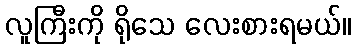
လူကြီးကို ရိုသေ လေးစားရမယ်။